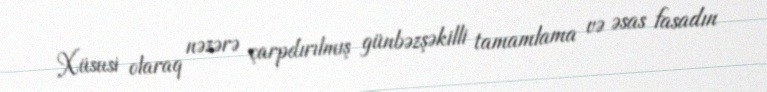
Xüsusi olaraq nəzərə çarpdırılmış günbəzşəkilli tamamlama və əsas fasadın